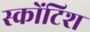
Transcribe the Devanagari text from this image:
स्कोंटिश